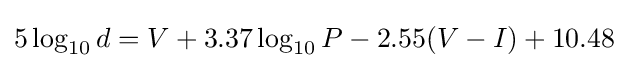
5\log _{10}{d}=V+3.37\log _{10}{P}-2.55(V-I)+10.48